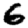
Digit: 6